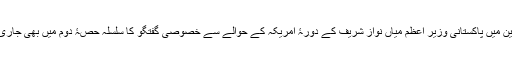
سیربین میں پاکستانی وزیر اعظم میاں نواز شریف کے دورۂ امریکہ کے حوالے سے خصوصی گفتگو کا سلسلہ حصۂ دوم میں بھی جاری رہا۔